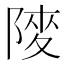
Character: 𨺶